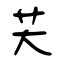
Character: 芖